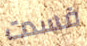
فسدت